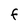
Character: F